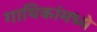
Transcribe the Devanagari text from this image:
गायिकांमध्ये